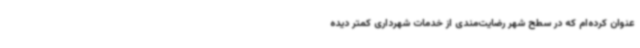
عنوان کرده‌ام که در سطح شهر رضایت‌مندی از خدمات شهرداری کمتر دیده